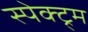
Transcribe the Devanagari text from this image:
स्पेक्ट्र्म